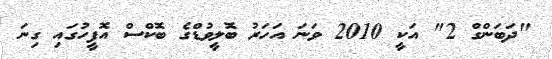
"ދަބަންގް 2" އަކީ 2010 ވަނަ އަހަރު ބޮލީވުޑްގެ ބޮކްސް އޮފީހުގައި ގިނަ